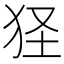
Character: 㹩